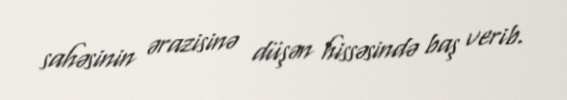
sahəsinin ərazisinə düşən hissəsində baş verib.